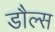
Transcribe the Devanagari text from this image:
डौल्स